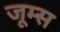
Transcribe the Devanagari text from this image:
जूम्स